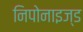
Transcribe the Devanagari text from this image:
निपोनाइज्ड